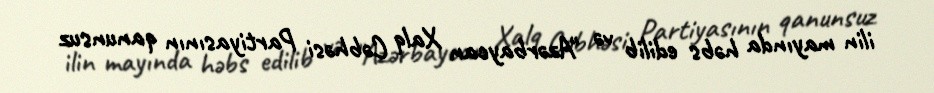
ilin mayında həbs edilib və "Azərbaycan Xalq Cəbhəsi Partiyasının qanunsuz